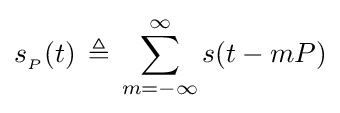
s_{_{P}}(t)\,\triangleq \,\sum _{m=-\infty }^{\infty }s(t-mP)